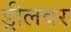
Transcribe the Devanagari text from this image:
ड्रीलवर